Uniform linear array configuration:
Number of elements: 4
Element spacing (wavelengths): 0.5
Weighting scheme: exponential
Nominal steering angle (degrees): -45
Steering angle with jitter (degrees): -45.371
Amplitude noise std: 0.05
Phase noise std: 0.05

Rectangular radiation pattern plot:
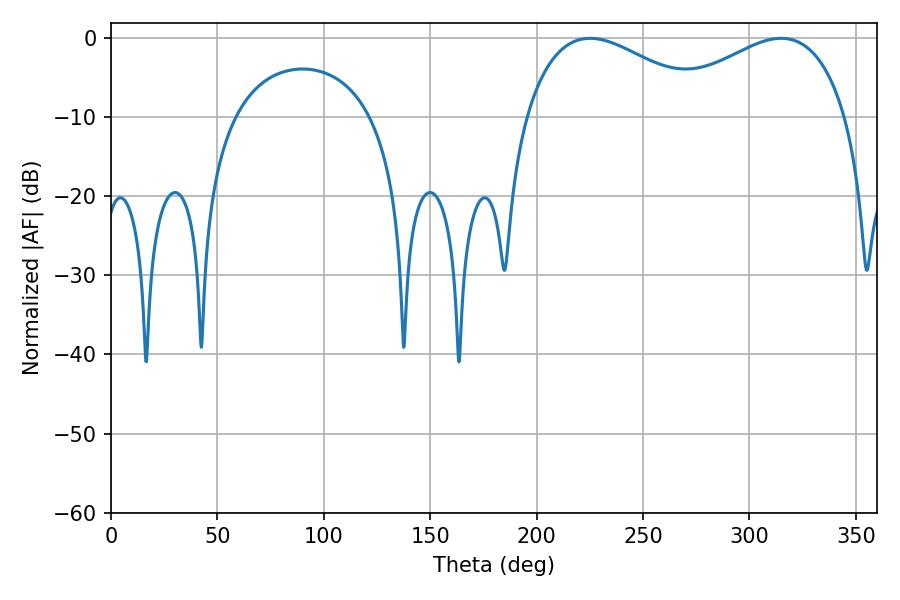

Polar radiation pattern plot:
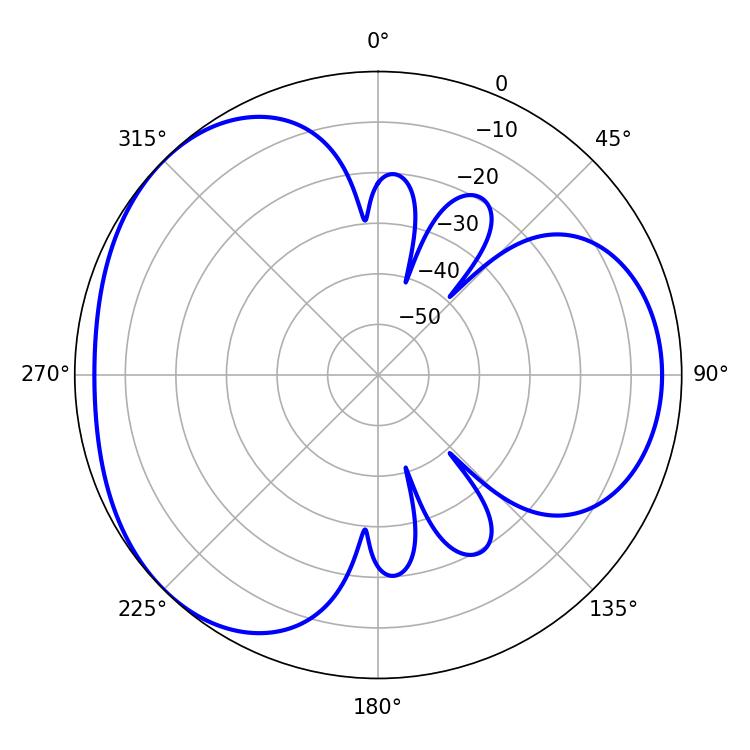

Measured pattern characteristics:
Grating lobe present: FALSE
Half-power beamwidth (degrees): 48.6
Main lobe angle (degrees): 225.18